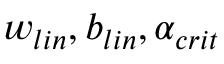
w _ { l i n } , b _ { l i n } , \alpha _ { c r i t }